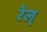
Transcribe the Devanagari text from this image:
रेल्